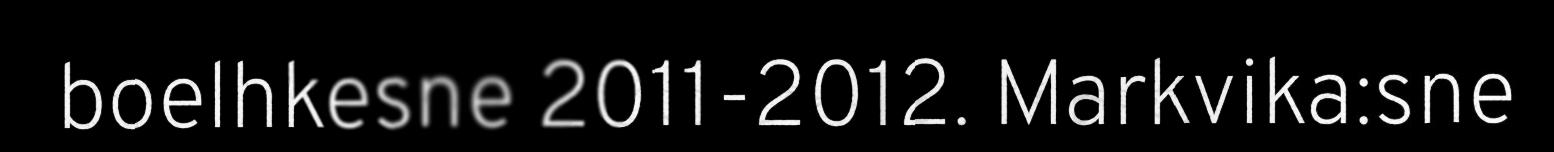
boelhkesne 2011-2012. Markvika:sne